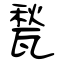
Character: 甃